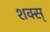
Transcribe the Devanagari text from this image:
शक्स्